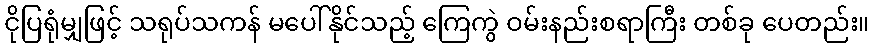
ငိုပြရုံမျှဖြင့် သရုပ်သကန် မပေါ်နိုင်သည့် ကြေကွဲ ဝမ်းနည်းစရာကြီး တစ်ခု ပေတည်း။